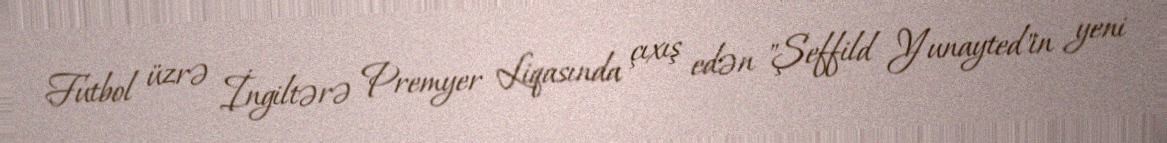
Futbol üzrə İngiltərə Premyer Liqasında çıxış edən "Şeffild Yunayted"in yeni